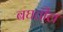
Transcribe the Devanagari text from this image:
बघतील